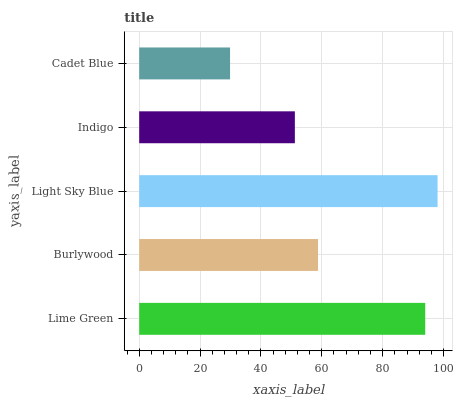
| yaxis_label | bars |
 | --- | --- |
 | Lime Green | 94 |
 | Burlywood | 58.8 |
 | Light Sky Blue | 98 |
 | Indigo | 51.2 |
 | Cadet Blue | 29.9 |